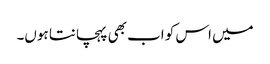
میں اس کو اب بھی پہچانتا ہوں۔